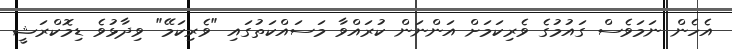
އެހެން ނަމަވެސް ގައުމުގެ ވެރިކަމަށް އަންނަން ކުރައްވާ މަސައްކަތުގައި "ވެރިކަމޭ" ވިދާޅުވެ ޑިމޮކްރަޝީ